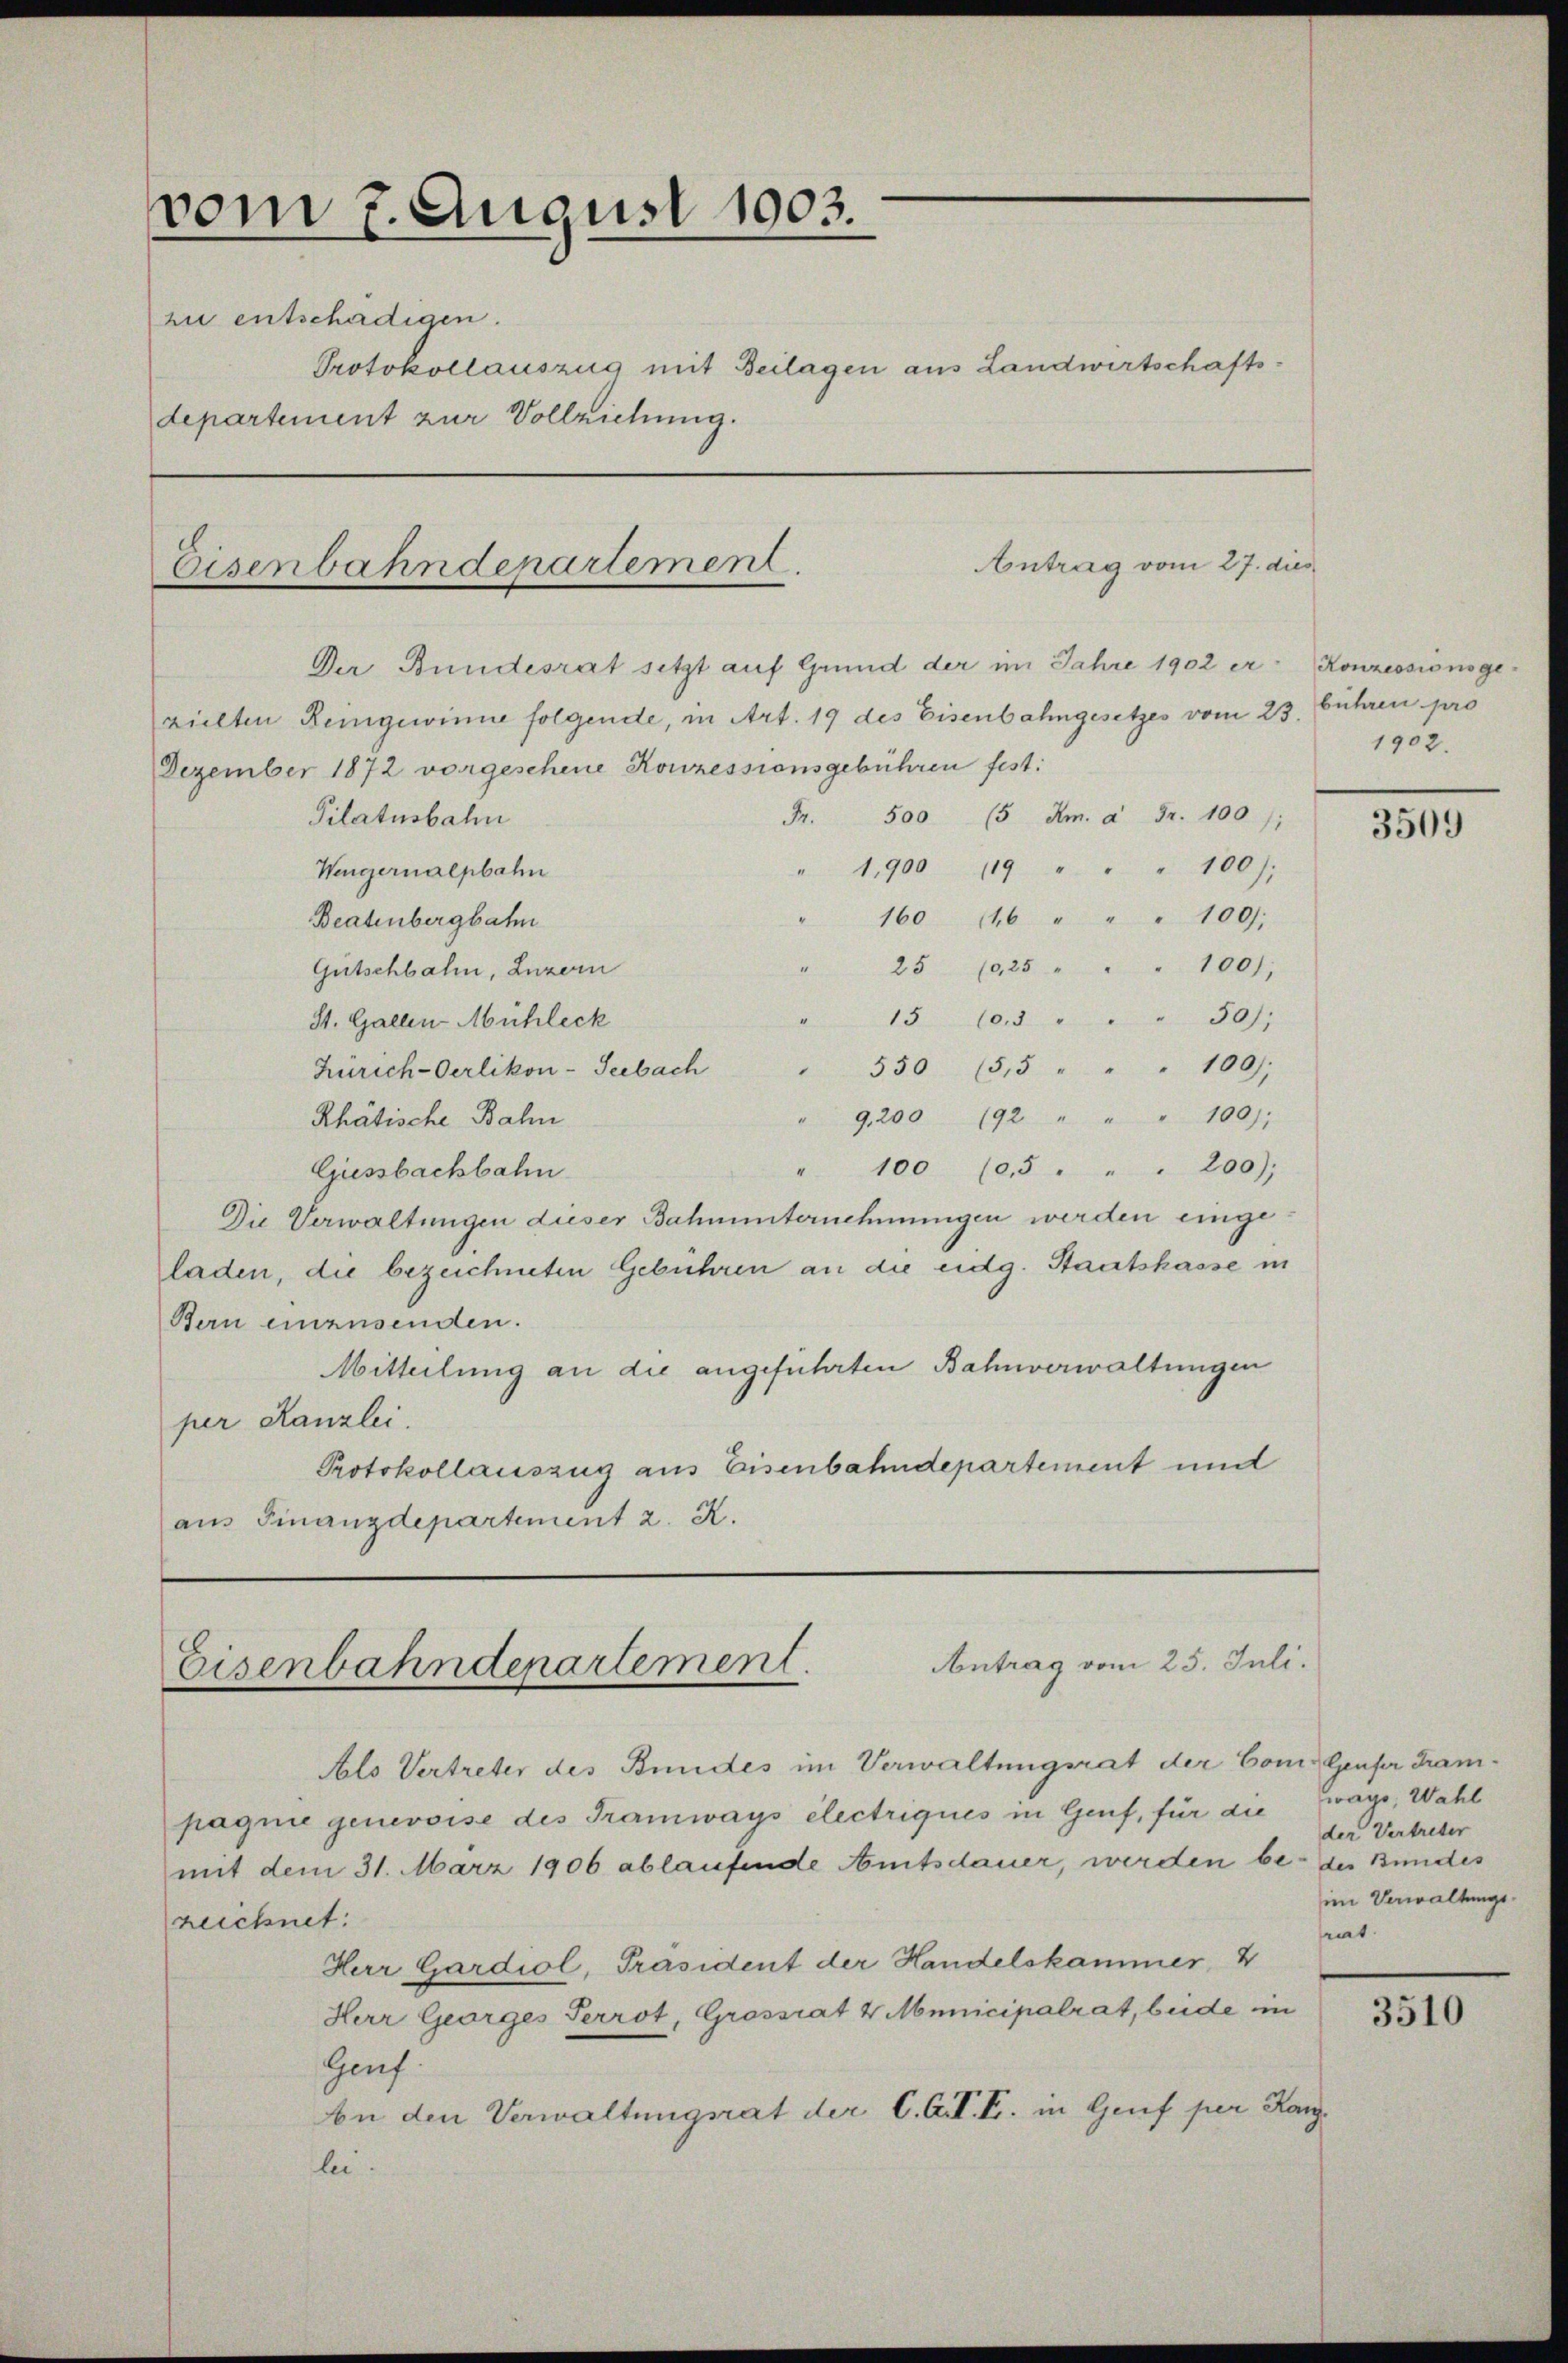
vom 7. August 1903.
zu entschädigen.
Protokollauszug mit Beilagen aus Landwirtschaftsdepartement zur Vollziehung.

Eisenbahnderartement.

Antrag vom 27. dies

Antrag vom 25. Juli.
Eisenbahnderartement.

Der Bundesrat setzt auf Grund der im Jahre 1902 er- Konzessionsge-
richten Reingewinne folgende, in Art. 19 des Eisenbahngesetzes vom 23. Führen pro
Dezember 1872 vorgeschene Konzessionsgebühren fest:
Fr. 500 (5 Am. à Fr. 100):
Pilatusbahn
100f
1,900 119 "
Wengernalpbahn
160 146 " " " 100.
Beatenbergbahn
100/
25 (925 "
Gutschbahn, Luzern
30;
15 10,5 "
St. Gallen Mühleck
550 (5,5 " " " 100),
Zürich-Oerlikon-Seebach
9,200 (92 " " " 100):
Rhätische Bahn
" 100 (5 . " " 200);
Giessbachbahn
Die Verwaltungen dieser Bahnunternehmungen werden eingeladen, die bezeichneten Gebühren an die eidg. Staatskasse in
Bern einzusenden.
Mitteilung an die angeführten Bahnverwaltungen
per Kanzlei.
Protokollauszug aus Eisenbahndepartement und
aus Finanzdepartement 2. X.

1902.

Als Vertreter des Bundes im Verwaltungsrat der Com. Genfer Trampagnie genevoise des Tramways électriques in Genf, für die
mit dem 31. März 1906 ablaufende Amtsdauer, werden be- der Bundes
reichnet:
Herr Gardiol, Präsident der Handelskammer 4
Herr Georges Perrot, Grossrat 4 Municipalrat, beide in
Gauf.
An den Verwaltungsrat der C. C. Fr. in Genf per Kanzlei.

3509

wage, Wahl
der Vertreter
im Verwaltungsmt.

3510